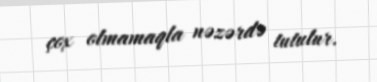
çox olmamaqla nəzərdə tutulur.